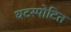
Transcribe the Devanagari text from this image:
घटस्पोटित